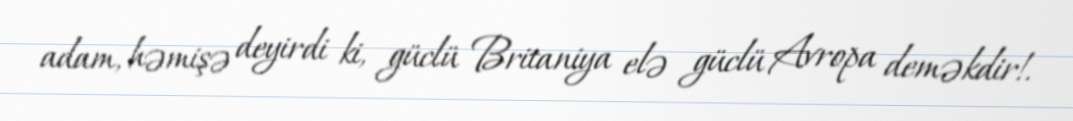
adam, həmişə deyirdi ki, güclü Britaniya elə güclü Avropa deməkdir!.